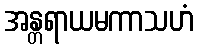
အန္တရာယမကာသဟံ